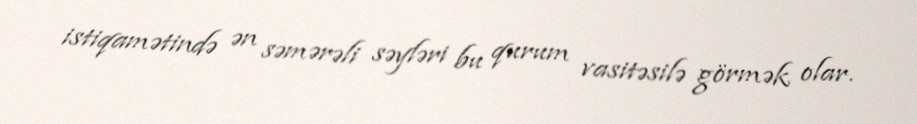
istiqamətində ən səmərəli səyləri bu qurum vasitəsilə görmək olar.